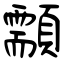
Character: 顬